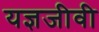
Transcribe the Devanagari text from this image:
यज्ञजीवी